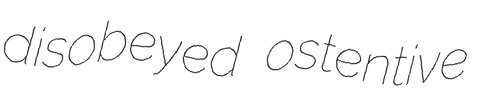
disobeyed ostentive